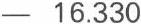
- 16.330